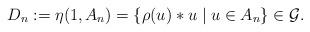
LaTeX: \begin{gather*}D_n:=\eta(1,A_n)=\lbrace \rho(u)*u \mid u \in A_n\rbrace \in \mathcal{G}.\end{gather*}